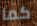
كما